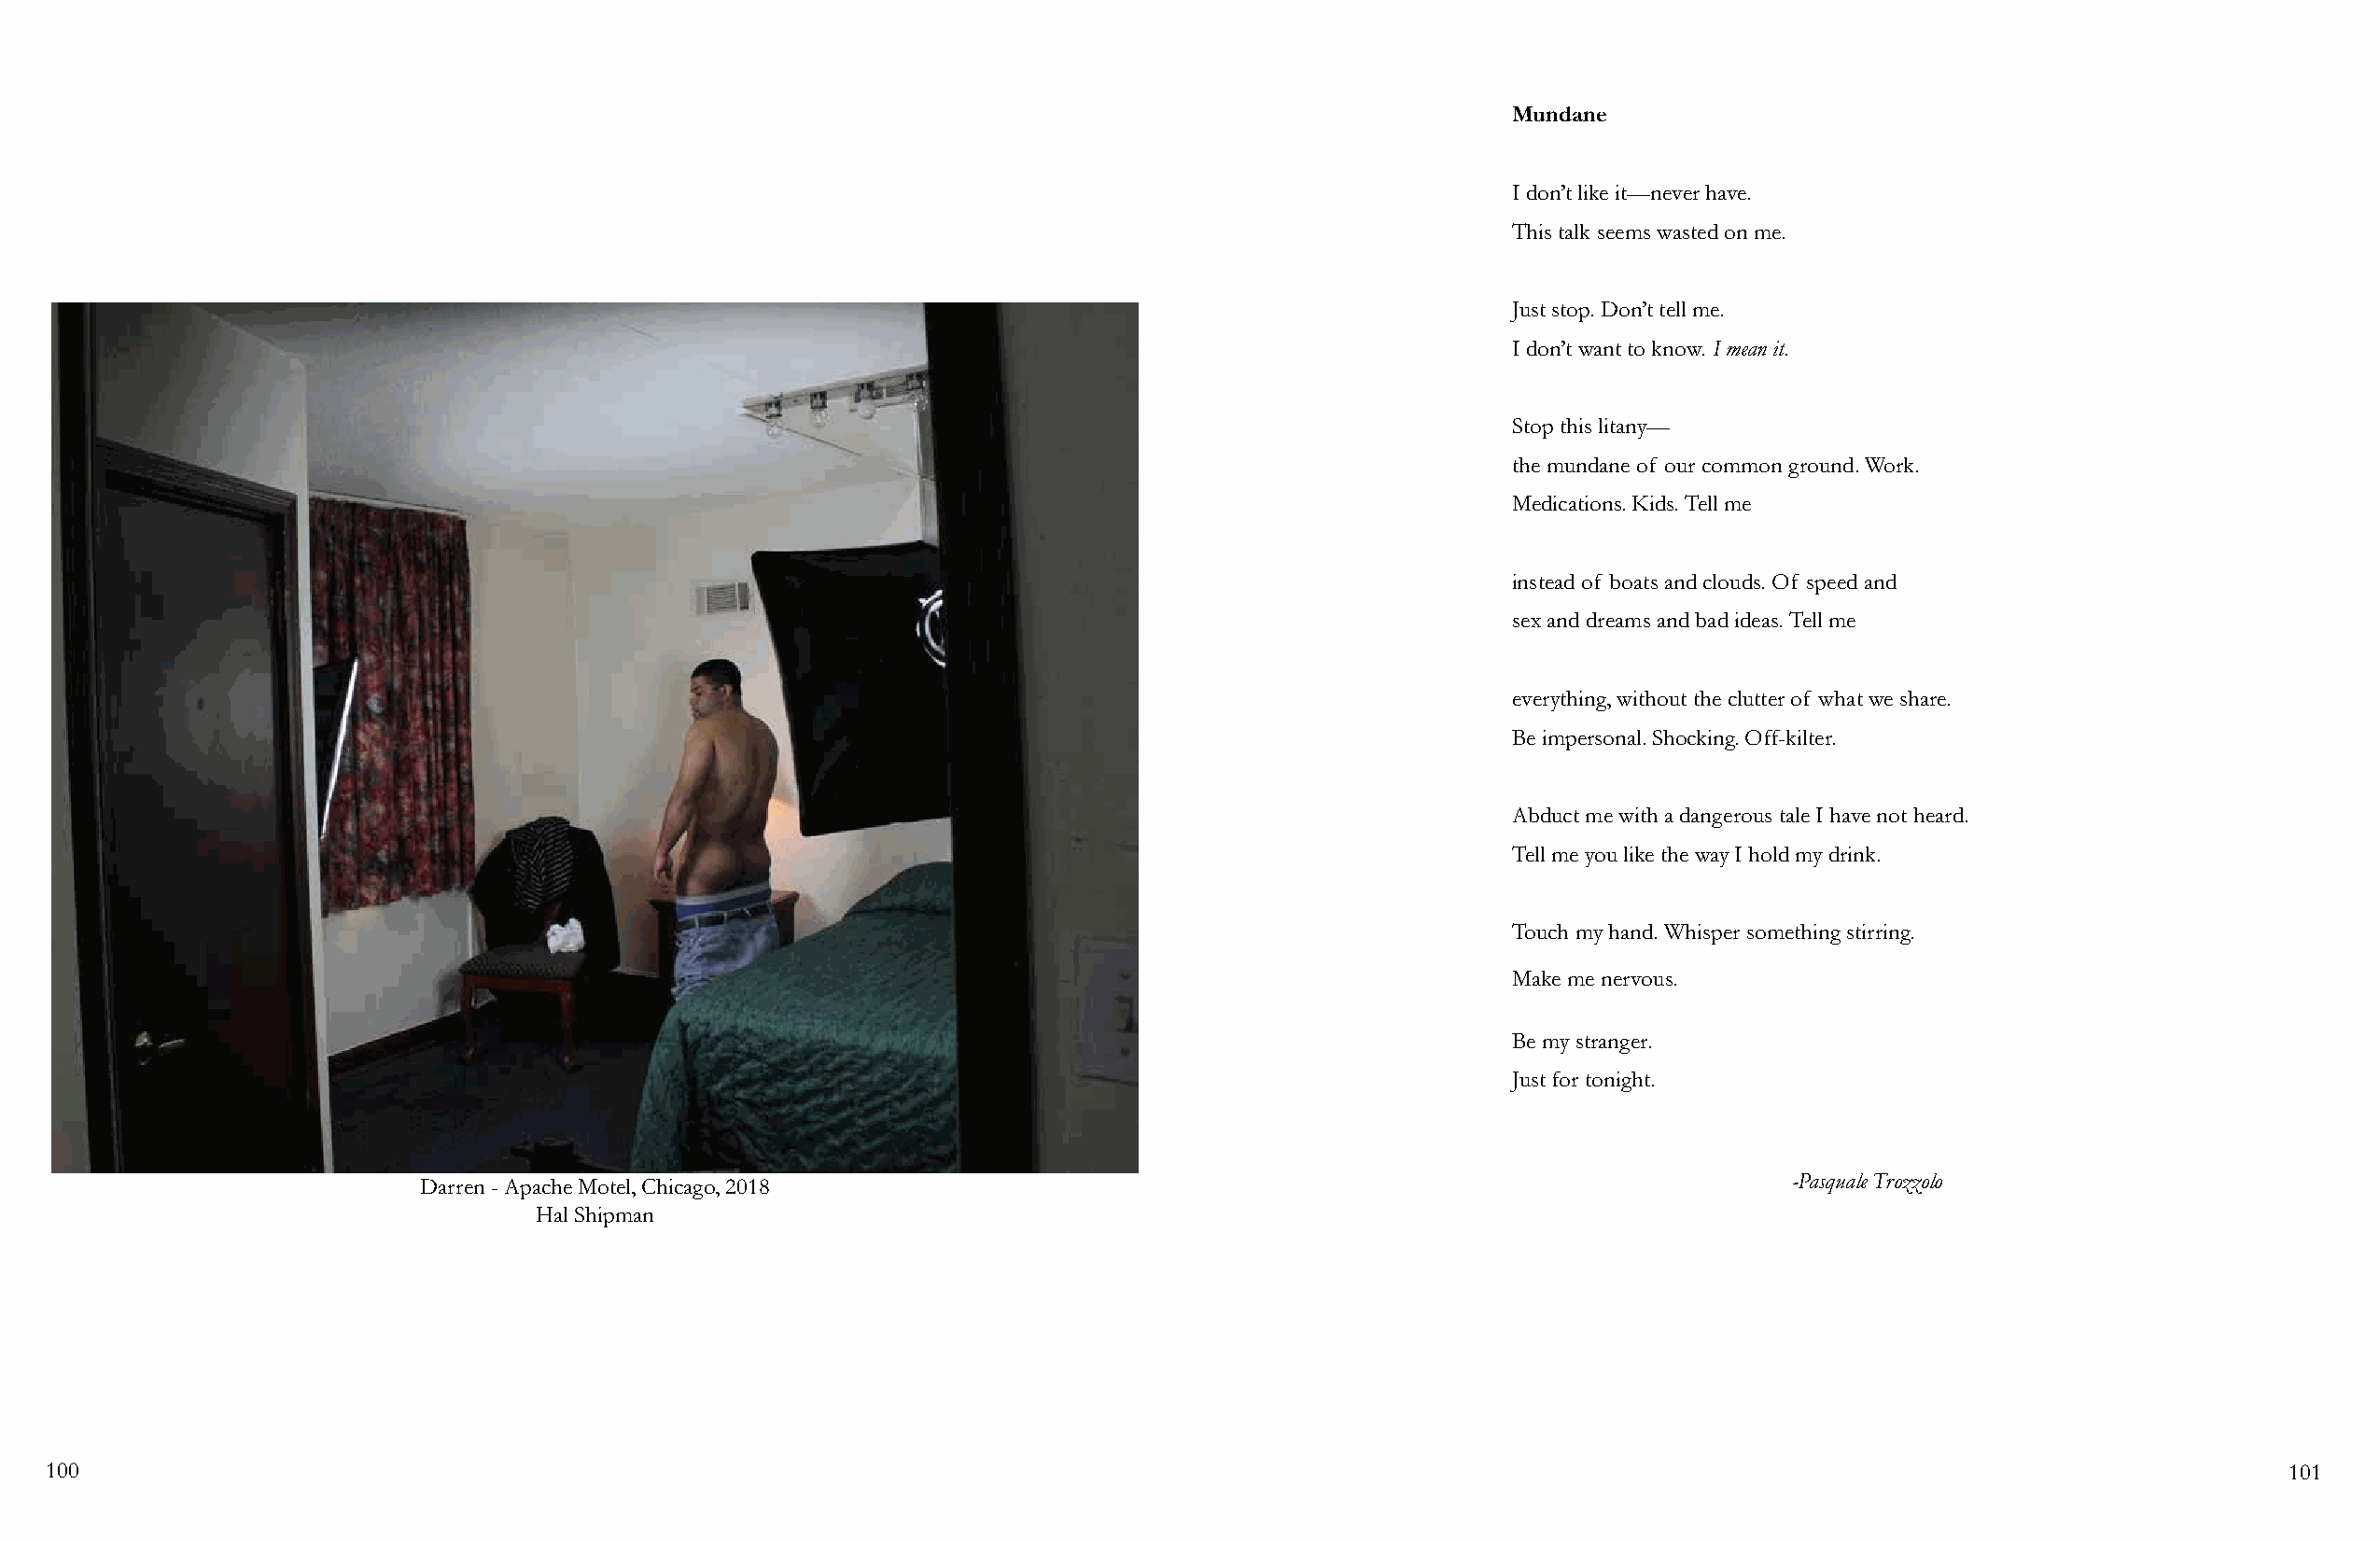
Mundane
 I don’t like it—never have.
 This talk seems wasted on me.
 Just stop. Don’t tell me.
 I don’t want to know. I mean it.
 Stop this litany—
 the mundane of our common ground. Work.
 Medications. Kids. Tell me
 instead of boats and clouds. Of speed and
 sex and dreams and bad ideas. Tell me
 everything, without the clutter of what we share.
 Be impersonal. Shocking. Off-kilter.
 Abduct me with a dangerous tale I have not heard.
 Tell me you like the way I hold my drink.
 Touch my hand. Whisper something stirring.
 Make me nervous.
 Be my stranger.
 Just for tonight.
 Darren - Apache Motel, Chicago, 2018                                                             -Pasquale Trozzolo
 Hal Shipman
 100                                                                                                                                                            101